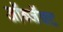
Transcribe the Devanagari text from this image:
ऑब्जॅक्ट